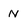
Character: N